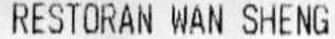
RESTORAN WAN SHENG